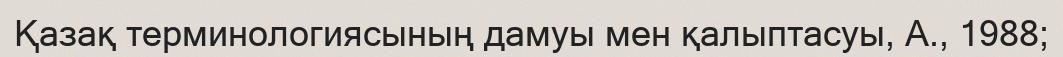
Қазақ терминологиясының дамуы мен қалыптасуы, А., 1988;